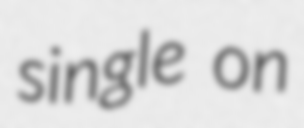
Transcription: single on